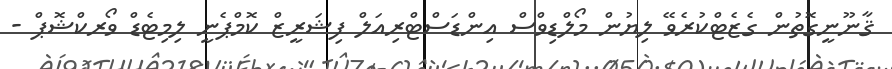
ޤާނޫނީގޮތުން ގެޒެޓްކުރެވޭ ލިޔުން މޯލްޑިވްސް އިންޑަސްޓްރިއަލް ފިޝަރީޒް ކޮމްޕެނީ ލިމިޓެޑް ވޯރކްޝޮޕް -